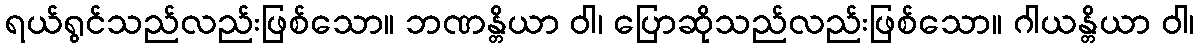
ရယ်ရွင်သည်လည်းဖြစ်သော။ ဘဏန္တိယာ ဝါ၊ ပြောဆိုသည်လည်းဖြစ်သော။ ဂါယန္တိယာ ဝါ၊